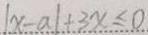
\vert x - a \vert + 3 x \leq 0